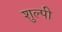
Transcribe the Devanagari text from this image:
शुल्पी